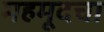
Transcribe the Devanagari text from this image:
महमूदचा